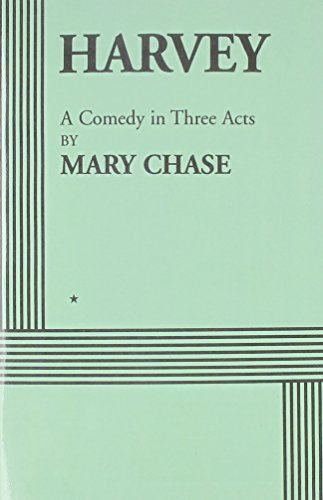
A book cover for Harvey; Mary Chase; Literature & Fiction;